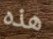
هذه